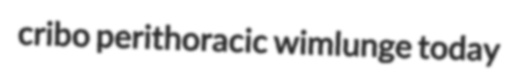
cribo perithoracic wimlunge today